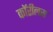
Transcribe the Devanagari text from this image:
कॉरीलस